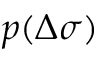
p ( \Delta \sigma )